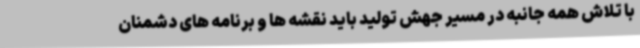
با تلاش همه جانبه در مسیر جهش تولید باید نقشه ها و برنامه های دشمنان